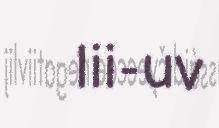
lii-uv